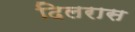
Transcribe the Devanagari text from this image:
दिलरास